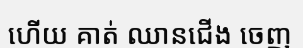
ហើយ គាត់ ឈានជើង ចេញ